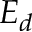
E _ { d }